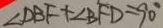
\angle D B F + \angle B F D = 9 0 ^ { \circ }